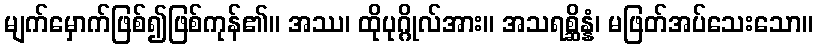
မျက်မှောက်ဖြစ်၍ဖြစ်ကုန်၏။ အဿ၊ ထိုပုဂ္ဂိုလ်အား။ အသရစ္ဆိန္နံ၊ မဖြတ်အပ်သေးသော။